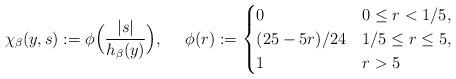
LaTeX: \begin{align*}\chi_{\beta}(y,s):=\phi\Big (\frac{|s|}{h_{\beta}(y)}\Big ),\ \ \ \ \phi(r)&:=\begin{cases}0 & 0\leq r<1/5, \\(25-5r)/24 & 1/5 \leq r \leq 5, \\1 & r>5\end{cases}\end{align*}